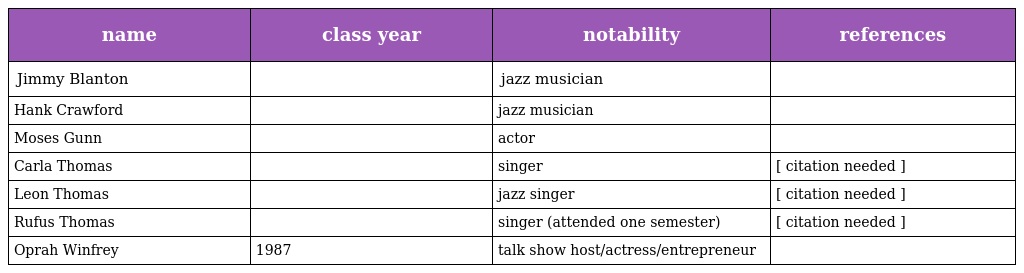
| name | class year | notability | references |
 | --- | --- | --- | --- |
 | Jimmy Blanton |  | jazz musician |  |
 | Hank Crawford |  | jazz musician |  |
 | Moses Gunn |  | actor |  |
 | Carla Thomas |  | singer | [ citation needed ] |
 | Leon Thomas |  | jazz singer | [ citation needed ] |
 | Rufus Thomas |  | singer (attended one semester) | [ citation needed ] |
 | Oprah Winfrey | 1987 | talk show host/actress/entrepreneur |  |